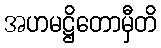
အဟမဋ္ဌိတောမှီတိ